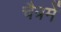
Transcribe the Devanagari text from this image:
चैत्रमें